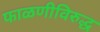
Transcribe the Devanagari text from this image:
फाळणीविरुद्ध